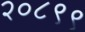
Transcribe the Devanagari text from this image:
२०८९९